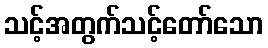
သင့်အတွက်သင့်တော်သော